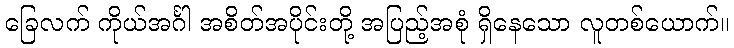
ခြေလက် ကိုယ်အင်္ဂါ အစိတ်အပိုင်းတို့ အပြည့်အစုံ ရှိနေသော လူတစ်ယောက်။